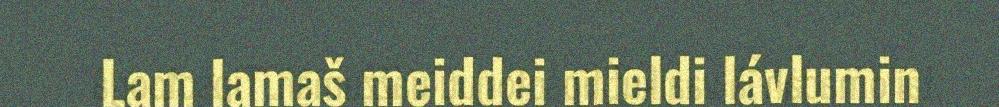
Lam lamaš meiddei mieldi lávlumin